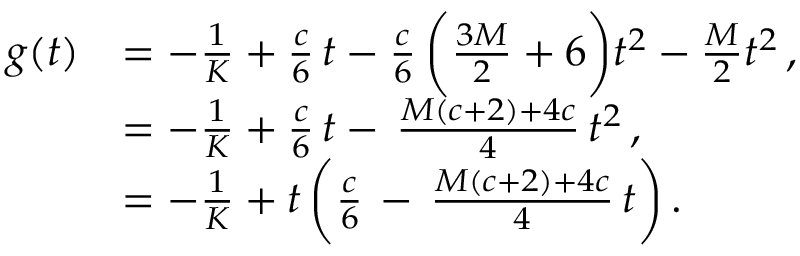
\begin{array} { r l } { g ( t ) } & { = - \frac { 1 } { K } + \frac { c } { 6 } \, t - \frac { c } { 6 } \, \bigg ( \frac { 3 M } { 2 } + 6 \bigg ) t ^ { 2 } - \frac { M } { 2 } t ^ { 2 } \, , } \\ & { = - \frac { 1 } { K } + \frac { c } { 6 } \, t - \, \frac { M ( c + 2 ) + 4 c } { 4 } \, t ^ { 2 } \, , } \\ & { = - \frac { 1 } { K } + t \, \bigg ( \frac { c } { 6 } \, - \, \frac { M ( c + 2 ) + 4 c } { 4 } \, t \bigg ) \, . } \end{array}